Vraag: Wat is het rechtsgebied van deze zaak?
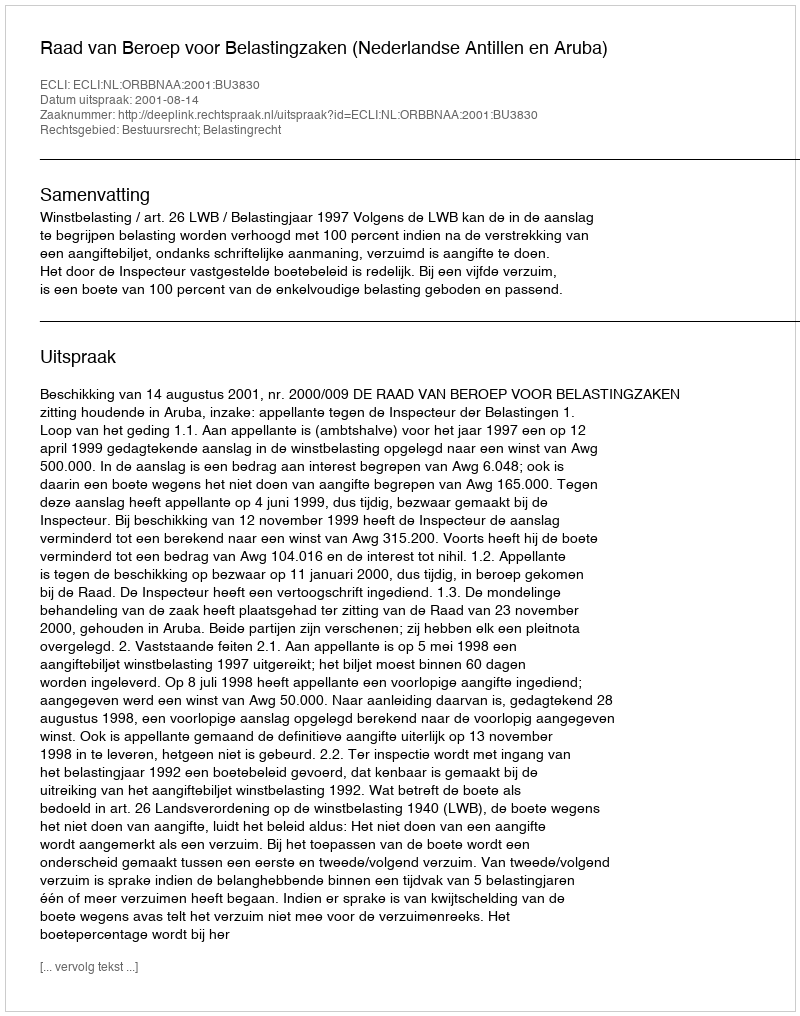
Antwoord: Bestuursrecht; Belastingrecht